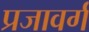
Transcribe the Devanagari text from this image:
प्रजावर्ग